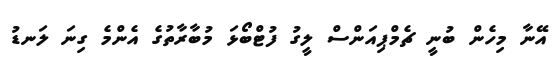
އޭނާ މިހެން ބުނީ ޗެމްޕިއަންސް ލީގު ފުޓްބޯޅަ މުބާރާތުގެ އެންމެ ގިނަ ލަނޑު